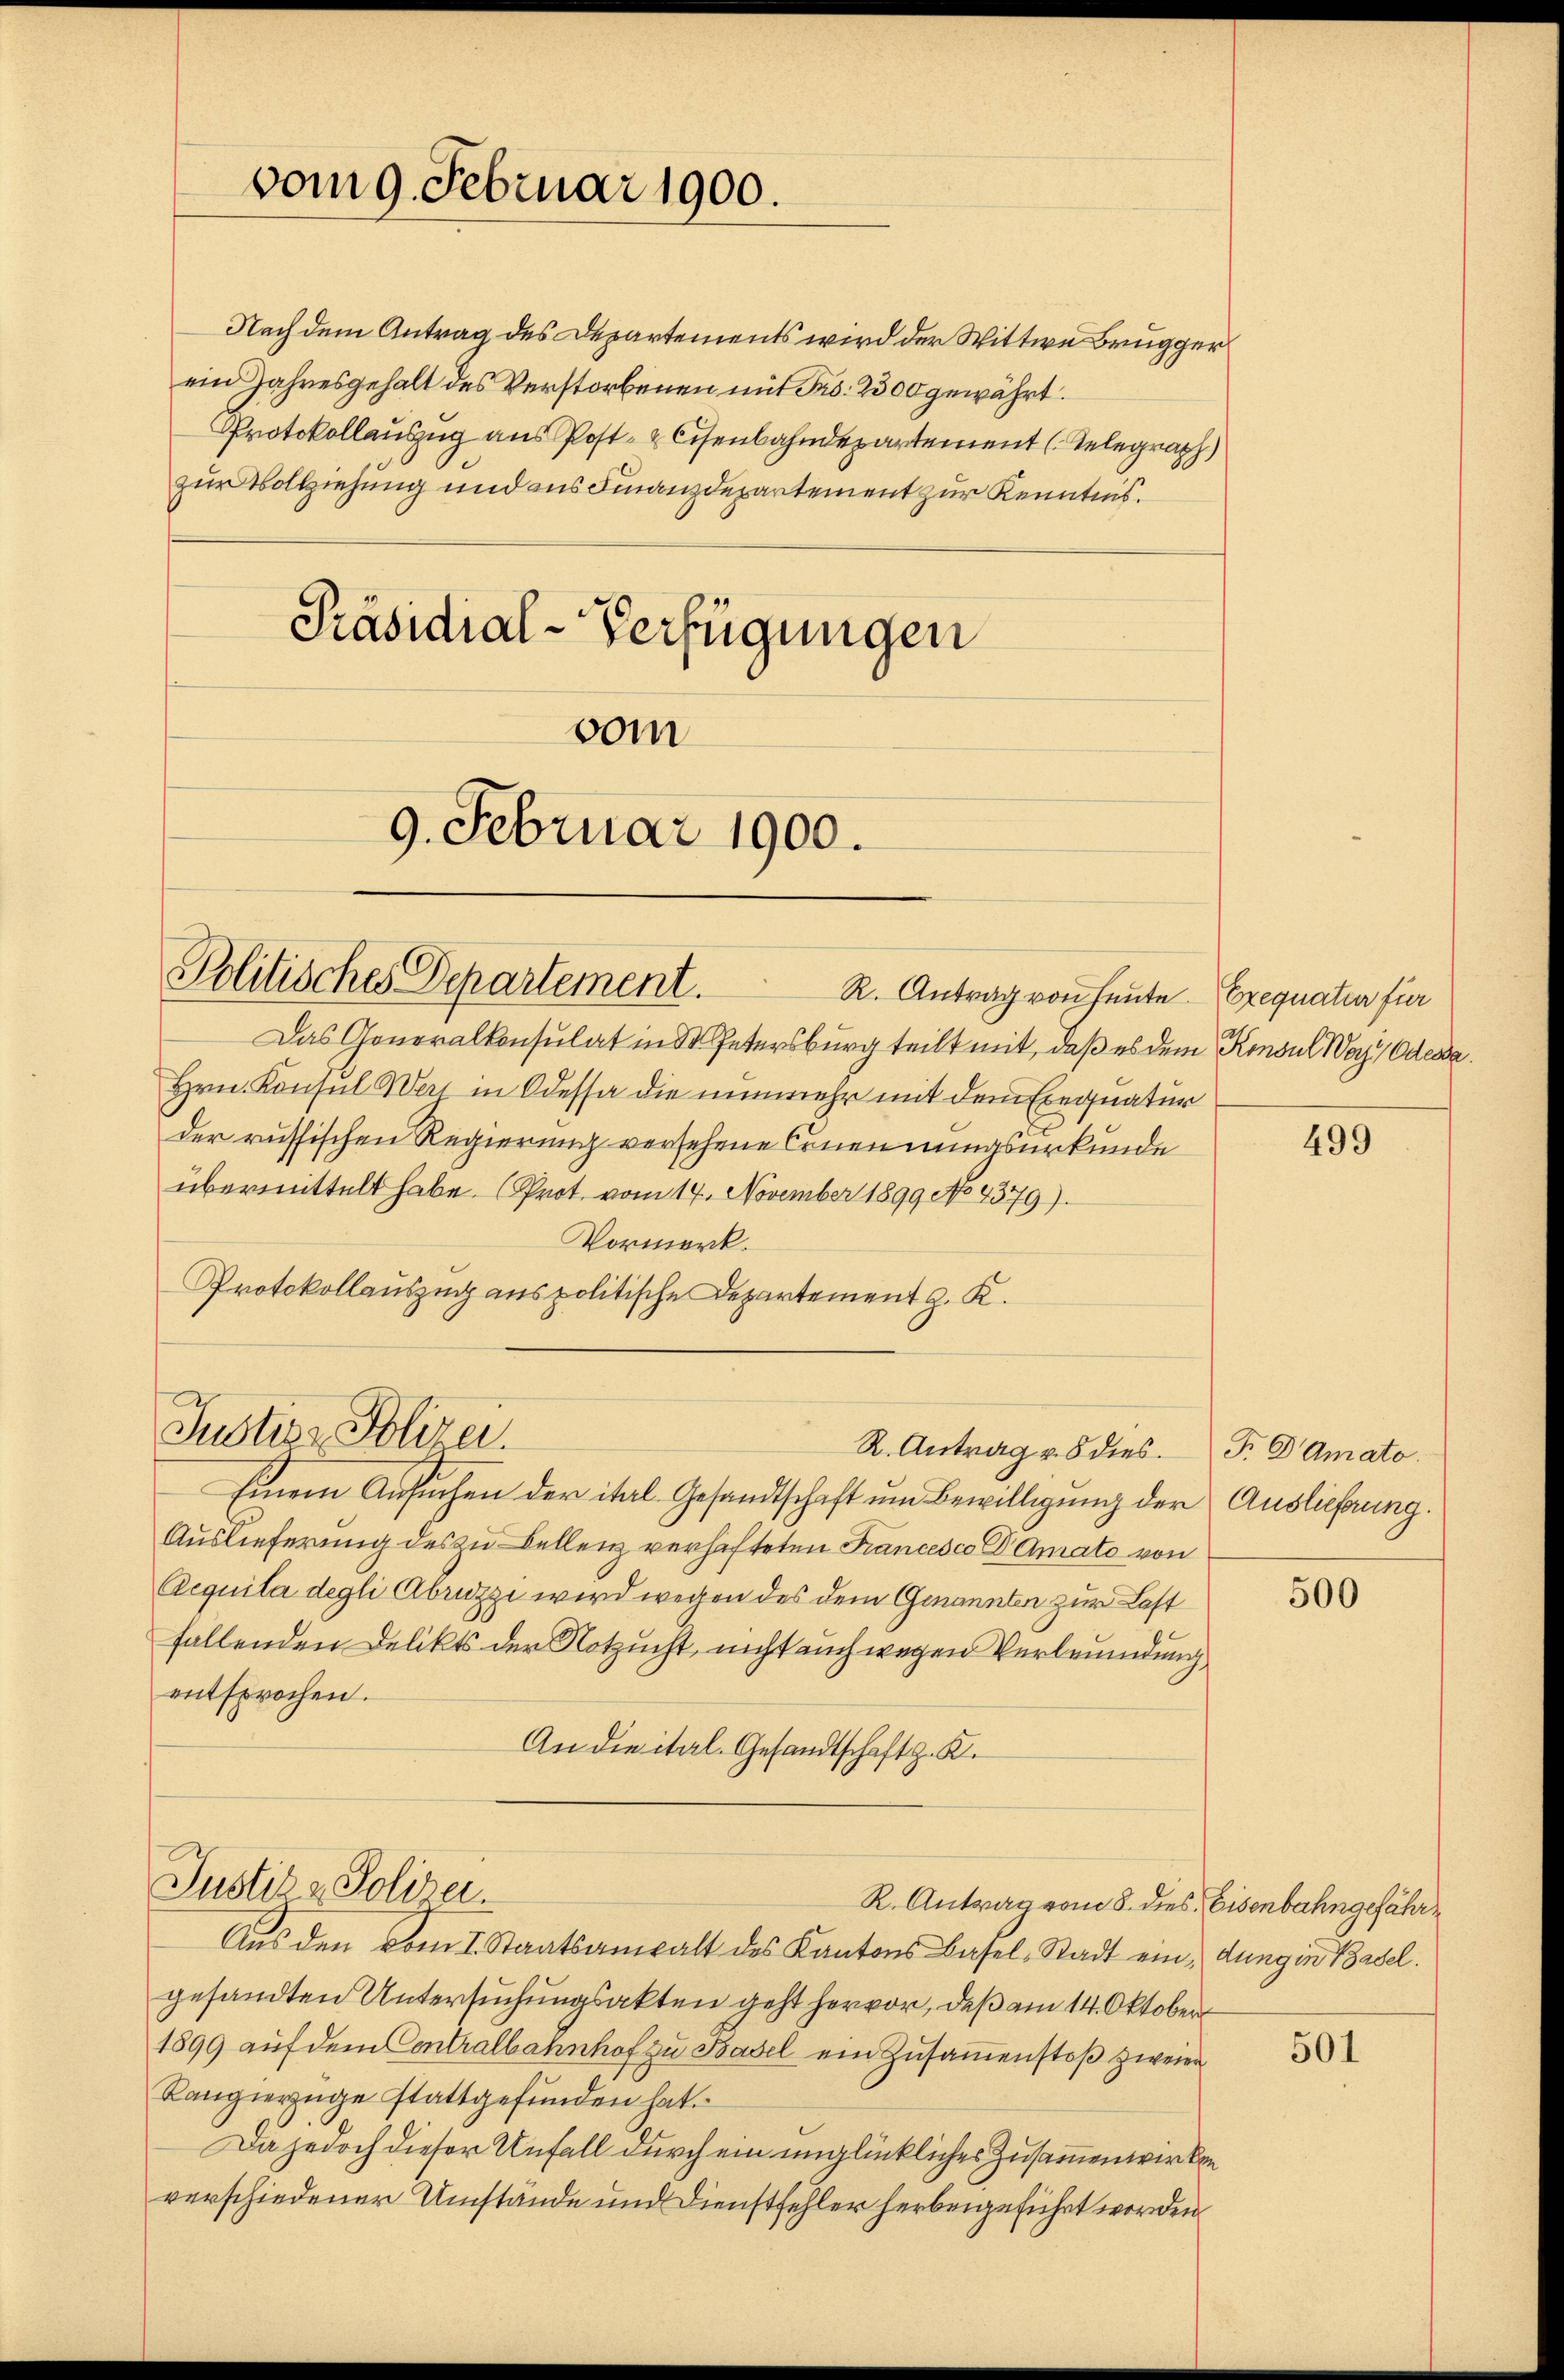
vom 9. Februar 1900.

Nach dem Antrag des Departements wird der Wittwe Brugger
ein Jahresgehalt des Verstorbenen mit Fr. 2300 gewährt.
Protokollauszug aus Post- & Eisenbahndepartement Telegraph
zur Vollziehung und aus Finanzdepartement zur Kenntnis.
Präsidial-Verfügungen
vom

9. Februar 1900.

Politisches Departement.

Justiz- Polizei.

Einem Ansŭchen der ital- Gesandtschaft um Bewilligŭng der Auslieferung.
Auslieferung des zu Bellenz verhafteten Francesco Damato von
Aequita degli Abruzzi wird wegen des dem Genannten zur Last
fallenden Delikts der Notzucht, nicht auch wegen Verleumdung
entsprochen.
An die ital. Gesandtschaft z. K.
Justiz & Polizei
R. Antrag vom 8. dies Eisenbahngefähr¬
Aŭs den vom 1. Staatsanwalt des Kantons Basel-Stadt ein dung in Basel.
gesandten Untersuchungsakten geht hervor, daß am 14. Oktober
1899 aŭf dem Contralbahnhof zu Basel ein Zusammenstoß zweier
Kangierzüge stattgefunden hat.
Da jedoch dieser Unfall durch ein unglückliches Zusammenwirken
verschiedener Umstände und Dienstfehler herbeigeführt worden

Das Generalkonsulat in 3 Petersburg teilt mit, daß es dem Konsul Waz Odessa
Hrn. Konsul Wer in Odessa die nunmehr mit dem Exequatur
der russischen Regierung versehene Ernennungsurkunde
übermittelt habe. (Prot. vom 14. November 1899 No 4379).
Vormerk.
Protokollauszug aus politische Departement z. K.

R. Antrag v. 8 dies.

R. Antrag von heute Exequatur für

499

F. Damato.

500

501